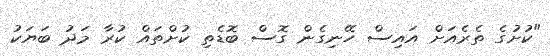
"ކުށުގެ ތެރެއަށް އައިސް ހޭނިގެން ގޮސް ބޮޑެތި ކުށްތައް ކުރާ މަދު ބަޔަކު